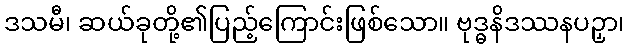
ဒသမီ၊ ဆယ်ခုတို့၏ပြည့်ကြောင်းဖြစ်သော။ ဗုဒ္ဓနိဒဿနပဉှာ၊